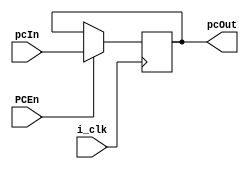
`timescale 1ns / 1ps
//////////////////////////////////////////////////////////////////////////////////
// Company: 
// Engineer: 
// 
// Design Name: 
// Module Name: programCounter
// Project Name: 
// Target Devices: 
// Tool Versions: 
// Description: 
// 
// Dependencies: 
// 
// Revision:
// Revision 0.01 - File Created
// Additional Comments:
// 
//////////////////////////////////////////////////////////////////////////////////


module programCounter(
input   i_clk,
input PCEn,
input [31:0] pcIn,
output reg [31:0] pcOut
    );

initial
   pcOut <= 0; 
    
always @(posedge i_clk)
begin
if(PCEn)
    pcOut <= pcIn;
end   

    
endmodule